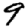
Digit: 9